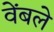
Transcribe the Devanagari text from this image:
वेंबले